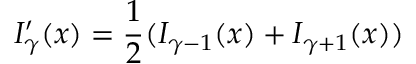
I _ { \gamma } ^ { \prime } ( x ) = \frac { 1 } { 2 } ( I _ { \gamma - 1 } ( x ) + I _ { \gamma + 1 } ( x ) )